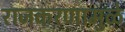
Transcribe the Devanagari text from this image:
राजकरणामुळे